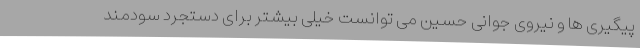
پیگیری ها و نیروی جوانی حسین می توانست خیلی بیشتر برای دستجرد سودمند